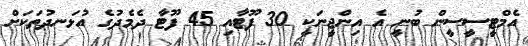
އެމްޓީސީސީން ބުނީ އެ އިންޖީނަކީ 30 ފޫޓާއި 45 ފޫޓާ ދެމެދުގެ އުޅަނދުތަކަށް